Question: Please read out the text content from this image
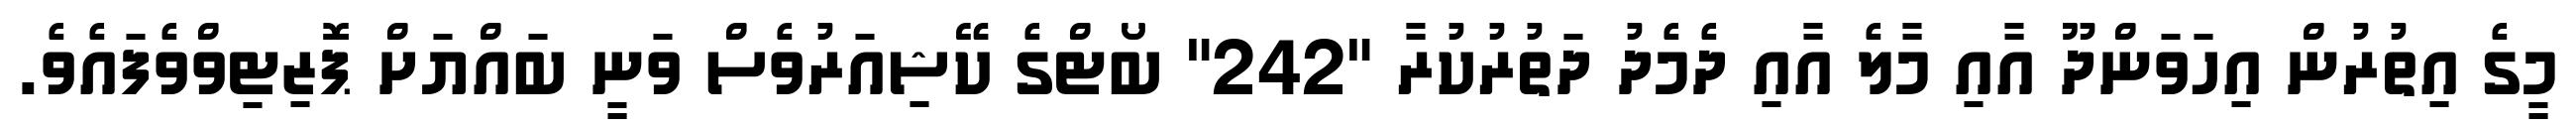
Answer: މީގެ އިތުރުން އިހަވަންދޫ އާއި މާލެ އާއި ދެމެދު ދަތުރުކުރާ "242" ބޯޓްގެ ކޭޝިއަރުވެސް ވަނީ ބައްޔަށް ޕޮޒިޓިވްވެފައެވެ.